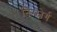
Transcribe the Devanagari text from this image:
निग्स्बेर्ग